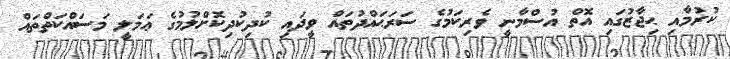
ކުރުމާއި ޙިޖާޒުގައި އޮތް އުސްމާނީ ވެރިކަމުގެ ސަރަޙައްދުތައް ވީދައި ކުދިކުދިކޮށްލުމުގެ ޢަމަލީ މަސައްކަތްތައް